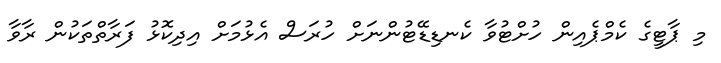
މި ޕާޓީގެ ކެމްޕެއިން ހުށްޓުވާ ކެނޑިޑޭޓުންނަށް ހުރަސް އެޅުމަށް އިދިކޮޅު ފަރާތްތަކުން ރާވާ